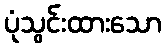
ပုံသွင်းထားသော